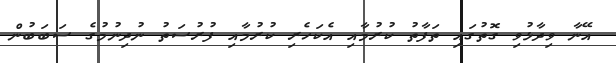
އޭނާ ވިދާޅުވި ގޮތުގައި ތަފާތު ކުރުމާއި އެކަހެރި ކުރުމާއި ފުރުސަތު ނުދިނުމުގެ ސަބަބުން